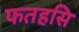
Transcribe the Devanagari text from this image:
फतहसि